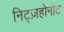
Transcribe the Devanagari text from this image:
निट्ज़होनोट